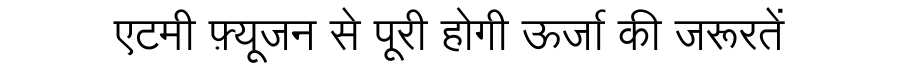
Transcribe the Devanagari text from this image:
एटमी फ़्यूजन से पूरी होगी ऊर्जा की जरूरतें